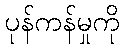
ပုန်ကန်မှုကို